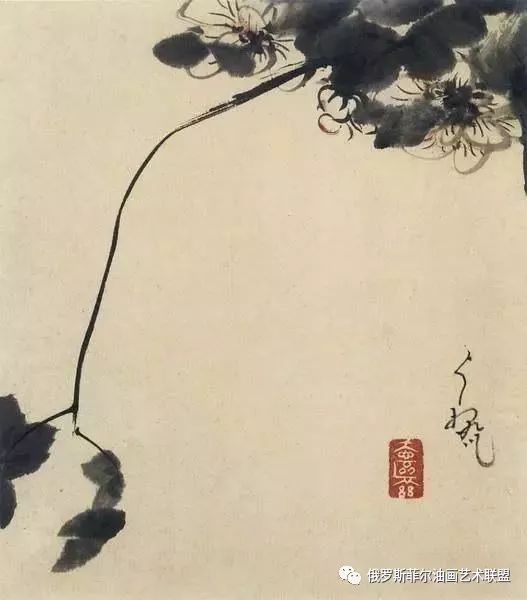
叶落根偏固，心虚节更高。